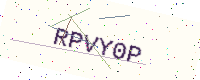
Text: RPVY0P